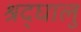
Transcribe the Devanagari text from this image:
श्रद्घालु